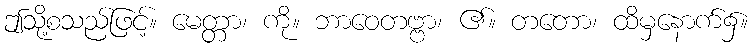
ဤသို့စသည်ဖြင့်။ မေတ္တာ၊ ကို။ ဘာဝေတဗ္ဗာ၊ ၏။ တတော၊ ထိမှနောက်၌။